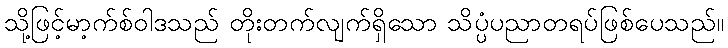
သို့ဖြင့်မာ့က်စ်ဝါဒသည် တိုးတက်လျက်ရှိသော သိပ္ပံပညာတရပ်ဖြစ်ပေသည်။